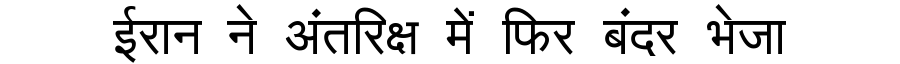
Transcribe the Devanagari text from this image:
ईरान ने अंतरिक्ष में फिर बंदर भेजा